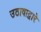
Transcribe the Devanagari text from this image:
उठावाद्वारे